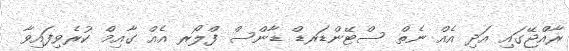
ރާއްޖޭގައި އަދި އެއް ނެތް ސްޓޭންޑަރޑް ޑާންސް ފްލޯރ އެއް ގާއިމް ކުރެވިފައިވާ